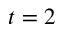
t = 2